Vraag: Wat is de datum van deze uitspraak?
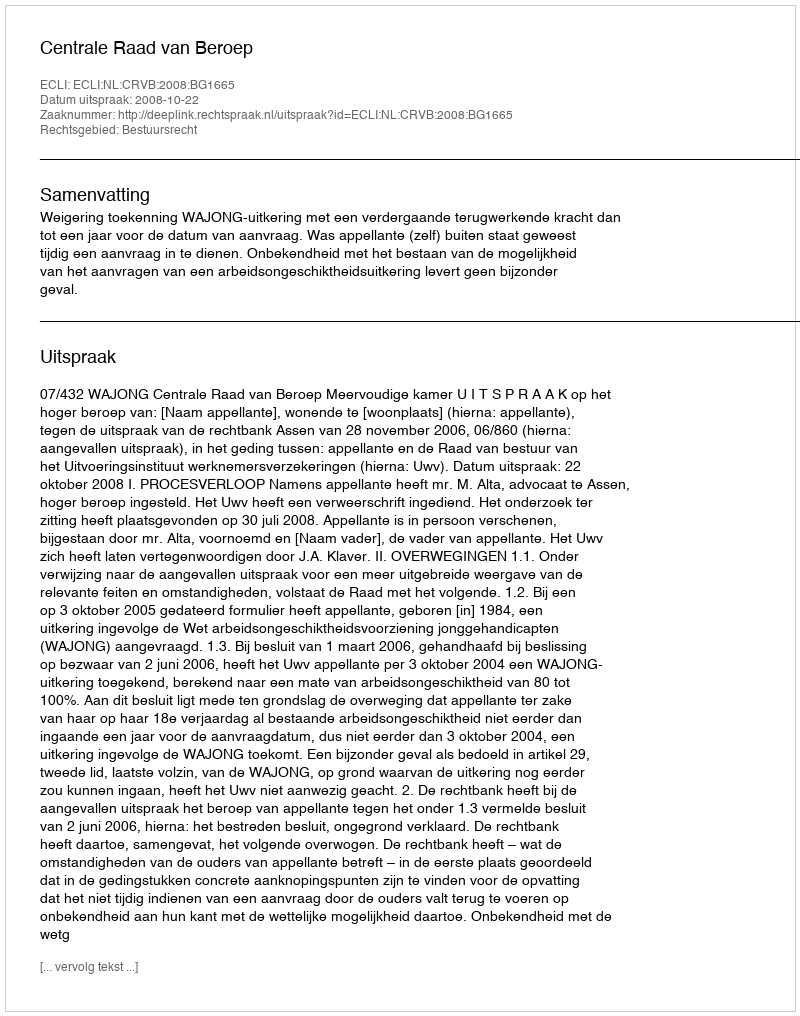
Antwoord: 2008-10-22